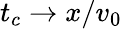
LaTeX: t_{c}\rightarrow x/v_{0}